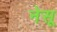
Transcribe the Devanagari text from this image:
नेसू